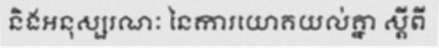
និងអនុស្សរណៈ នៃការយោគយល់គ្នា ស្តីពី